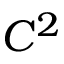
C ^ { 2 }